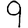
Digit: 9